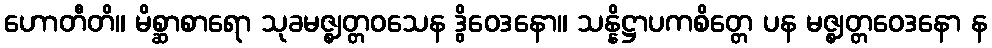
ဟောတီတိ။ မိစ္ဆာစာရော သုခမဇ္ဈတ္တဝသေန ဒွိဝေဒနော။ သန္နိဋ္ဌာပကစိတ္တေ ပန မဇ္ဈတ္တဝေဒနော န